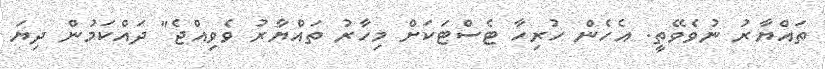
ތައްޔާރު ނުވެވޭތީ. އެހެން ހުރިހާ ޓެސްޓަކަށް މިހާރު ތައްޔާރު ވެވިއްޖެ" ދައްކަމުން ދިޔަ